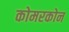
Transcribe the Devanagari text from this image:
कोमरकोन